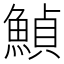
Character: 𩹰